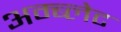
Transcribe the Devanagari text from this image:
अम्ब्लेट